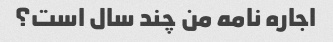
اجاره نامه من چند سال است؟